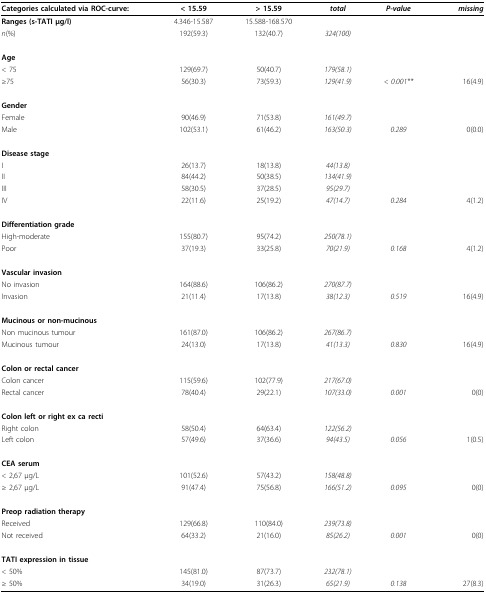
<table><thead><tr><td><b>Categories calculated via ROC-curve:</b></td><td><b>&lt; 15.59</b></td><td><b>&gt; 15.59</b></td><td><b><i>total</i></b></td><td><b><i>P-value</i></b></td><td><b><i>missing</i></b></td></tr></thead><tbody><tr><td><b>Ranges (s-TATI μg/l)</b></td><td>4.346-15.587</td><td>15.588-168.570</td><td></td><td></td><td></td></tr><tr><td><i>n</i>(%)</td><td>192(59.3)</td><td>132(40.7)</td><td><i>324(100)</i></td><td></td><td></td></tr><tr><td><b>Age</b></td><td></td><td></td><td></td><td></td><td></td></tr><tr><td>&lt; 75</td><td>129(69.7)</td><td>50(40.7)</td><td><i>179(58.1)</i></td><td></td><td></td></tr><tr><td>≥75</td><td>56(30.3)</td><td>73(59.3)</td><td><i>129(41.9)</i></td><td><i>&lt; 0.001**</i></td><td>16(4.9)</td></tr><tr><td><b>Gender</b></td><td></td><td></td><td></td><td></td><td></td></tr><tr><td>Female</td><td>90(46.9)</td><td>71(53.8)</td><td><i>161(49.7)</i></td><td></td><td></td></tr><tr><td>Male</td><td>102(53.1)</td><td>61(46.2)</td><td><i>163(50.3)</i></td><td><i>0.289</i></td><td>0(0.0)</td></tr><tr><td><b>Disease stage</b></td><td></td><td></td><td></td><td></td><td></td></tr><tr><td>I</td><td>26(13.7)</td><td>18(13.8)</td><td><i>44(13.8)</i></td><td></td><td></td></tr><tr><td>II</td><td>84(44.2)</td><td>50(38.5)</td><td><i>134(41.9)</i></td><td></td><td></td></tr><tr><td>III</td><td>58(30.5)</td><td>37(28.5)</td><td><i>95(29.7)</i></td><td></td><td></td></tr><tr><td>IV</td><td>22(11.6)</td><td>25(19.2)</td><td><i>47(14.7)</i></td><td><i>0.284</i></td><td>4(1.2)</td></tr><tr><td><b>Differentiation grade</b></td><td></td><td></td><td></td><td></td><td></td></tr><tr><td>High-moderate</td><td>155(80.7)</td><td>95(74.2)</td><td><i>250(78.1)</i></td><td></td><td></td></tr><tr><td>Poor</td><td>37(19.3)</td><td>33(25.8)</td><td><i>70(21.9)</i></td><td><i>0.168</i></td><td>4(1.2)</td></tr><tr><td><b>Vascular invasion</b></td><td></td><td></td><td></td><td></td><td></td></tr><tr><td>No invasion</td><td>164(88.6)</td><td>106(86.2)</td><td><i>270(87.7)</i></td><td></td><td></td></tr><tr><td>Invasion</td><td>21(11.4)</td><td>17(13.8)</td><td><i>38(12.3)</i></td><td><i>0.519</i></td><td>16(4.9)</td></tr><tr><td><b>Mucinous or non-mucinous</b></td><td></td><td></td><td></td><td></td><td></td></tr><tr><td>Non mucinous tumour</td><td>161(87.0)</td><td>106(86.2)</td><td><i>267(86.7)</i></td><td></td><td></td></tr><tr><td>Mucinous tumour</td><td>24(13.0)</td><td>17(13.8)</td><td><i>41(13.3)</i></td><td><i>0.830</i></td><td>16(4.9)</td></tr><tr><td><b>Colon or rectal cancer</b></td><td></td><td></td><td></td><td></td><td></td></tr><tr><td>Colon cancer</td><td>115(59.6)</td><td>102(77.9)</td><td><i>217(67.0)</i></td><td></td><td></td></tr><tr><td>Rectal cancer</td><td>78(40.4)</td><td>29(22.1)</td><td><i>107(33.0)</i></td><td><i>0.001</i></td><td>0(0)</td></tr><tr><td><b>Colon left or right ex ca recti</b></td><td></td><td></td><td></td><td></td><td></td></tr><tr><td>Right colon</td><td>58(50.4)</td><td>64(63.4)</td><td><i>122(56.2)</i></td><td></td><td></td></tr><tr><td>Left colon</td><td>57(49.6)</td><td>37(36.6)</td><td><i>94(43.5)</i></td><td><i>0.056</i></td><td>1(0.5)</td></tr><tr><td><b>CEA serum</b></td><td></td><td></td><td></td><td></td><td></td></tr><tr><td>&lt; 2,67 μg/L</td><td>101(52.6)</td><td>57(43.2)</td><td><i>158(48.8)</i></td><td></td><td></td></tr><tr><td>≥ 2,67 μg/L</td><td>91(47.4)</td><td>75(56.8)</td><td><i>166(51.2)</i></td><td><i>0.095</i></td><td>0(0)</td></tr><tr><td><b>Preop radiation therapy</b></td><td></td><td></td><td></td><td></td><td></td></tr><tr><td>Received</td><td>129(66.8)</td><td>110(84.0)</td><td><i>239(73.8)</i></td><td></td><td></td></tr><tr><td>Not received</td><td>64(33.2)</td><td>21(16.0)</td><td><i>85(26.2)</i></td><td><i>0.001</i></td><td>0(0)</td></tr><tr><td><b>TATI expression in tissue</b></td><td></td><td></td><td></td><td></td><td></td></tr><tr><td>&lt; 50%</td><td>145(81.0)</td><td>87(73.7)</td><td><i>232(78.1)</i></td><td></td><td></td></tr><tr><td>≥ 50%</td><td>34(19.0)</td><td>31(26.3)</td><td><i>65(21.9)</i></td><td><i>0.138</i></td><td>27(8.3)</td></tr></tbody></table>